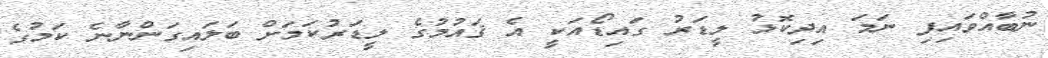
ނުބާއްވައިފި ނަމަ އިދިކޮޅު ލީޑަރު ގައިޑޯއަކީ އެ ޤައުމުގެ ލީޑަރުކަމަށް ބަލައިގަންނާނެ ކަމުގެ